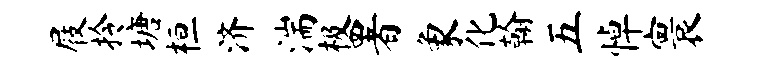
屐拎塘桓济湍极署象化翰五悼寰